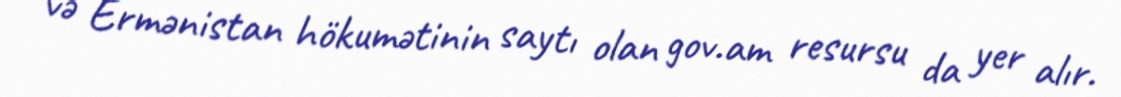
və Ermənistan hökumətinin saytı olan gov.am resursu da yer alır.